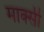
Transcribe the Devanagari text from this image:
मार्क्सी